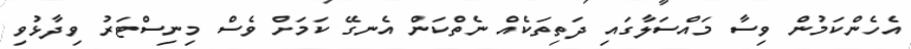
އެހެންކަމުން ވިސާ މައްސަލާގައި ދަތިތަކެއް ނެތްކަން އެނގޭ ކަމަށް ވެސް މިނިސްޓަރު ވިދާޅުވި